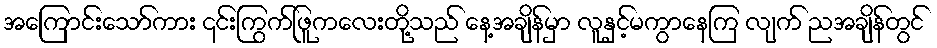
အကြောင်းသော်ကား ၎င်းကြွက်ဖြူကလေးတို့သည် နေ့အချိန်မှာ လူနှင့်မကွာနေကြ လျက် ညအချိန်တွင်